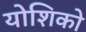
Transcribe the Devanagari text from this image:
योशिको